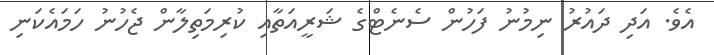
އެވެ. އަދި ދައުރު ނިމުނު ފަހުން ސެނެޓްގެ ޝަރީއަތާއި ކުރިމަތިލާން ޖެހުނު ހަމައެކަނި